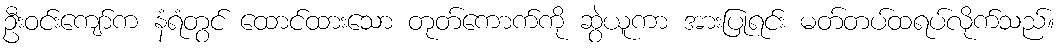
ဦးဝင်းကျော်က နံရံတွင် ထောင်ထားသော တုတ်ကောက်ကို ဆွဲယူကာ အားပြုရင်း မတ်တပ်ထရပ်လိုက်သည်။